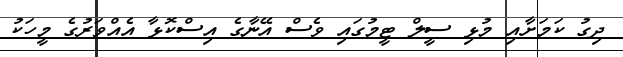
ދިގު ކަމަށާއި މުޅި ސީލް ޓީމުގައި ވެސް އޭނާގެ އިސްކޮޅާ އެއްވަރުގެ މީހަކު